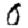
Digit: 0